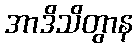
အာဒိသိတွာန